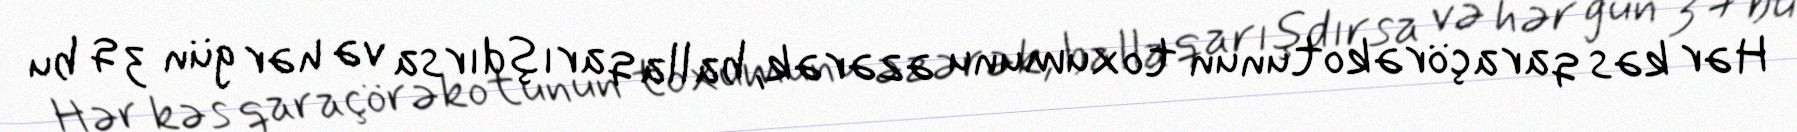
Hər kəs qaraçörəkotunun toxumunu əzərək, balla qarışdırsa və hər gün 3 q bu